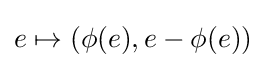
e\mapsto (\phi (e),e-\phi (e))